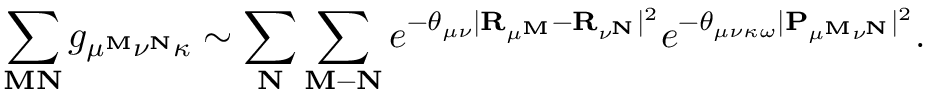
\sum _ { \mathbf { M } \mathbf { N } } g _ { \mu ^ { \mathbf { M } } \nu ^ { \mathbf { N } } \kappa } \sim \sum _ { \mathbf { N } } \sum _ { \mathbf { M } - \mathbf { N } } e ^ { - \theta _ { \mu \nu } | \mathbf { R } _ { \mu ^ { \mathbf { M } } } - \mathbf { R } _ { \nu ^ { \mathbf { N } } } | ^ { 2 } } e ^ { - \theta _ { \mu \nu \kappa \omega } | \mathbf { P } _ { \mu ^ { \mathbf { M } } \nu ^ { \mathbf { N } } } | ^ { 2 } } .